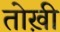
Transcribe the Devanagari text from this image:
तोख़ी